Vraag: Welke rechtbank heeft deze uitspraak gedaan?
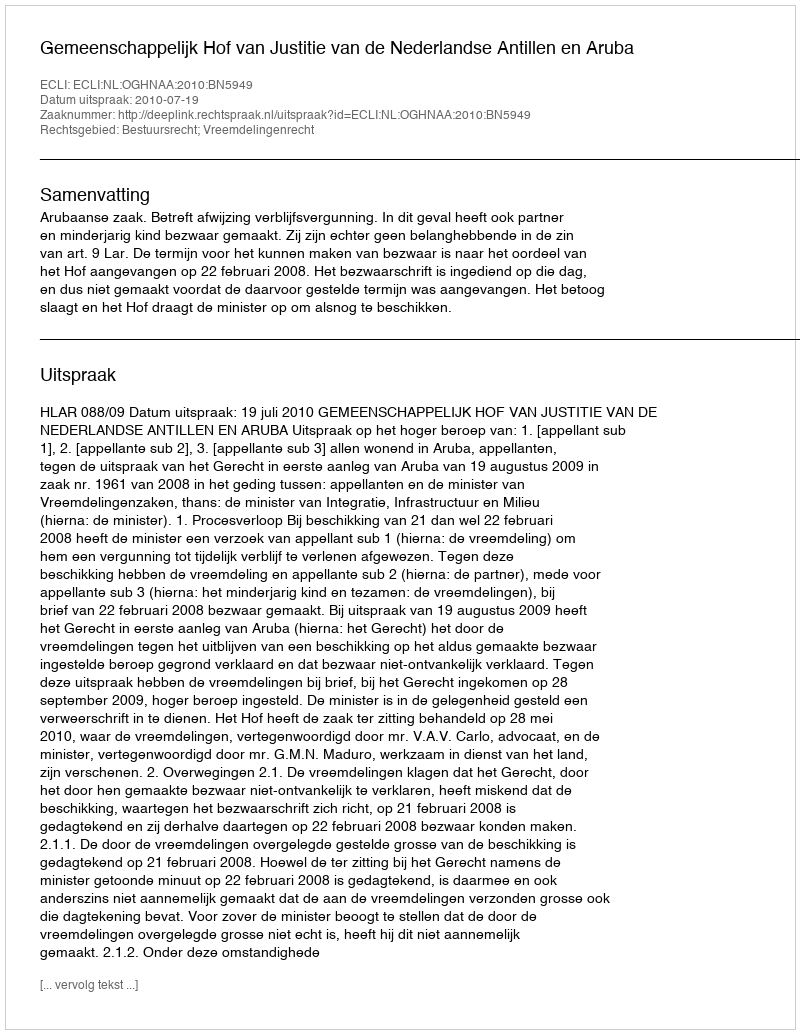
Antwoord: Gemeenschappelijk Hof van Justitie van de Nederlandse Antillen en Aruba